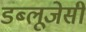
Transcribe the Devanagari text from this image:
डब्लूजेसी